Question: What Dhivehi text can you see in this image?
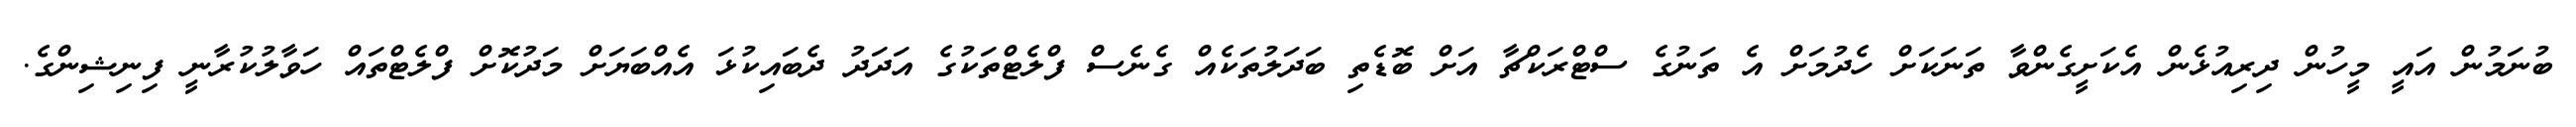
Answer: ބުނަމުން އައީ މީހުން ދިރިއުޅެން އެކަށީގެންވާ ތަނަކަށް ހެދުމަށް އެ ތަނުގެ ސްޓްރަކްޗާ އަށް ބޮޑެތި ބަދަލުތަކެއް ގެނެސް ފްލެޓްތަކުގެ އަދަދު ދެބައިކުޅަ އެއްބަޔަށް މަދުކޮށް ފްލެޓްތައް ހަވާލުކުރާނީ ފިނިޝިންގެ.